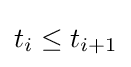
t_{i}\leq t_{i+1}